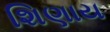
શિણાય